Vaccination North-Western Provinces and Oudh 1878-1895 - 1878-1895
Year: 1878
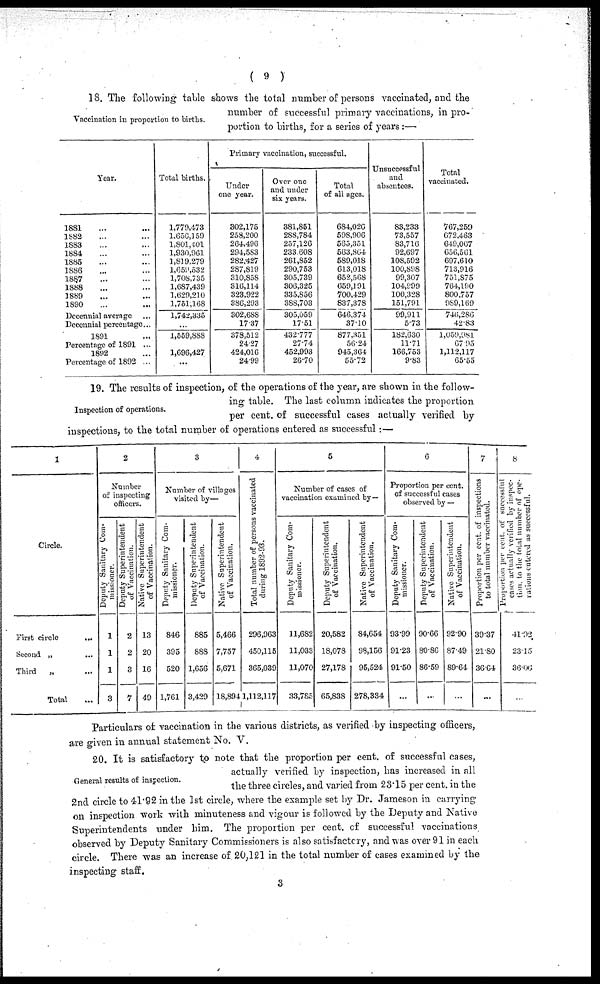
( 9 )
Vaccination in proportion to births.
18. The following table shows the total number of persons vaccinated, and the
number of successful primary vaccinations, in pro-
portion to births, for a series of years :—
Year.
1881 ... ...
1882... ...
1883... ...
1884... ...
1885... ...
1886... ...
1887... ...
1888... ...
1889... ...
1890... ...
Decennial average ...
Decennial percentage...
1891 ...
Percentage of 1891 ...
1892 ...
Percentage of 1892 ...
Total births.
1,779,473
1,656,159
1,801,401
1,930,961
1,819,279
l,059,532
1,708,735
1,687,439
1,629,210
1,751,168
1,742,335
...
1,559,888
1,696,427
...
Primary vaccination, successful.
Under
one year.
302,175
258,200
264,496
294,583
282,427
287,819
310,858
316,114
323,922
386,293
302,688
17.37
378,512
24.27
424,016
24.99
Over one
and under
six years.
381,851
288,784
257,126
233,608
261,852
290,753
305,739
306,325
335,856
388,703
305,059
17.51
432.777
27.74
452,993
26.70
Total
of all ages.
684,026
598,906
565,351
563,804
589,018
613,018
652,568
659,191
700,429
837,378
646,374
37.10
877,351
56.24
945,364
55.72
Unsuccessful
and
absentees.
83,233
73,557
83,716
92,697
108,592
100,898
99,307
104,999
100,328
151,791
99,911
5.73
182,630
11.71
166,753
9.83
Total
vaccinated.
767,259
672,463
649,067
656,561
697,610
713,916
751,875
764,190
800,757
989,169
746,286
42.83
1,059,981
67.95
1,112,117
65.55
Inspection of operations.
19. The results of inspection, of the operations of the year, are shown in the follow-
ing table. The last column indicates the proportion
per cent. of successful cases actually verified by
inspections, to the total number of operations entered as successful :—
1
Circle.
First circle
...
Second „
...
Third
„ ...
Total
2
Number
of inspecting
officers.
Deputy Sanitary Com-
missioner.
1
1
1
3
Deputy Superintendent
of Vaccination.
2
2
3
7
Native Superintendent
of Vaccination.
13
20
16
49
3
Number of villages
visited by—
Deputy Sanitary Com-
missioner.
846
395
520
1,761
Deputy Superintendent
of Vaccination.
885
88S
1,656
3,429
Native Superintendent
of Vaccination.
5,466
7,757
5,671
18,894
4
Total number of persons vaccinated
during 1892-93.
296,963
450,115
365,039
1,112,117
5
Number of cases of
vaccination examined by —
Deputy Sanitary Com-
missioner.
11,682
11,033
11,070
33,785
Deputy Superintendent
of Vaccination.
20,582
18,078
27,178
65,838
Native Superintendent
of Vaccination.
84,654
98,156
95,524
278,334
6
Proportion per cent.
of successful cases
observed by —
Deputy Sanitary Com-
missioner.
93.99
91.23
91.50
...
Deputy Superintendent
of Vaccination.
90.66
80.86
86.59
...
Native Superintendent
of Vaccination.
92.90
87.49
89.64
7
Proportion per cent. of inspections
to total number vaccinated.
39.37
21.80
36.64
...
8
Proportion per cent. of successful
cases actually verified by inspec-
tion, to the total number of ope-
rations entered as successful.
41.02
23.15
36.06
Particulars of vaccination in the various districts, as verified by inspecting officers,
are given in annual statement No. V.
General results of inspection.
20. It is satisfactory to note that the proportion per cent. of successful cases,
actually verified by inspection, has increased in all
the three circles, and varied from 23.15 per cent. in the
2nd circle to 41.92 in the 1st circle, where the example set by Dr. Jameson in carrying
on inspection work with minuteness and vigour is followed by the Deputy and Native
Superintendents under him. The proportion per cent. of successful vaccinations
observed by Deputy Sanitary Commissioners is also satisfactory, and was over 91 in each
circle. There was an increase of 20,121 in the total number of cases examined by the
inspecting staff.
3